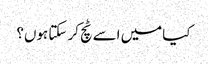
کیا میں اسے ٹچ کر سکتا ہوں؟